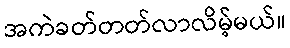
အကဲခတ်တတ်လာလိမ့်မယ်။